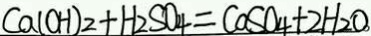
C a ( O H ) _ { 2 } + H _ { 2 } S O _ { 4 } = C a S O _ { 4 } + 2 H _ { 2 } O